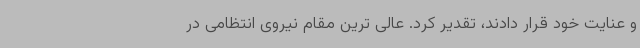
و عنایت خود قرار دادند، تقدیر کرد. عالی ترین مقام نیروی انتظامی در